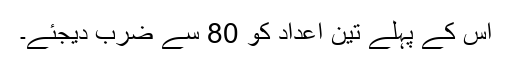
اس کے پہلے تین اعداد کو 80 سے ضرب دیجئے۔